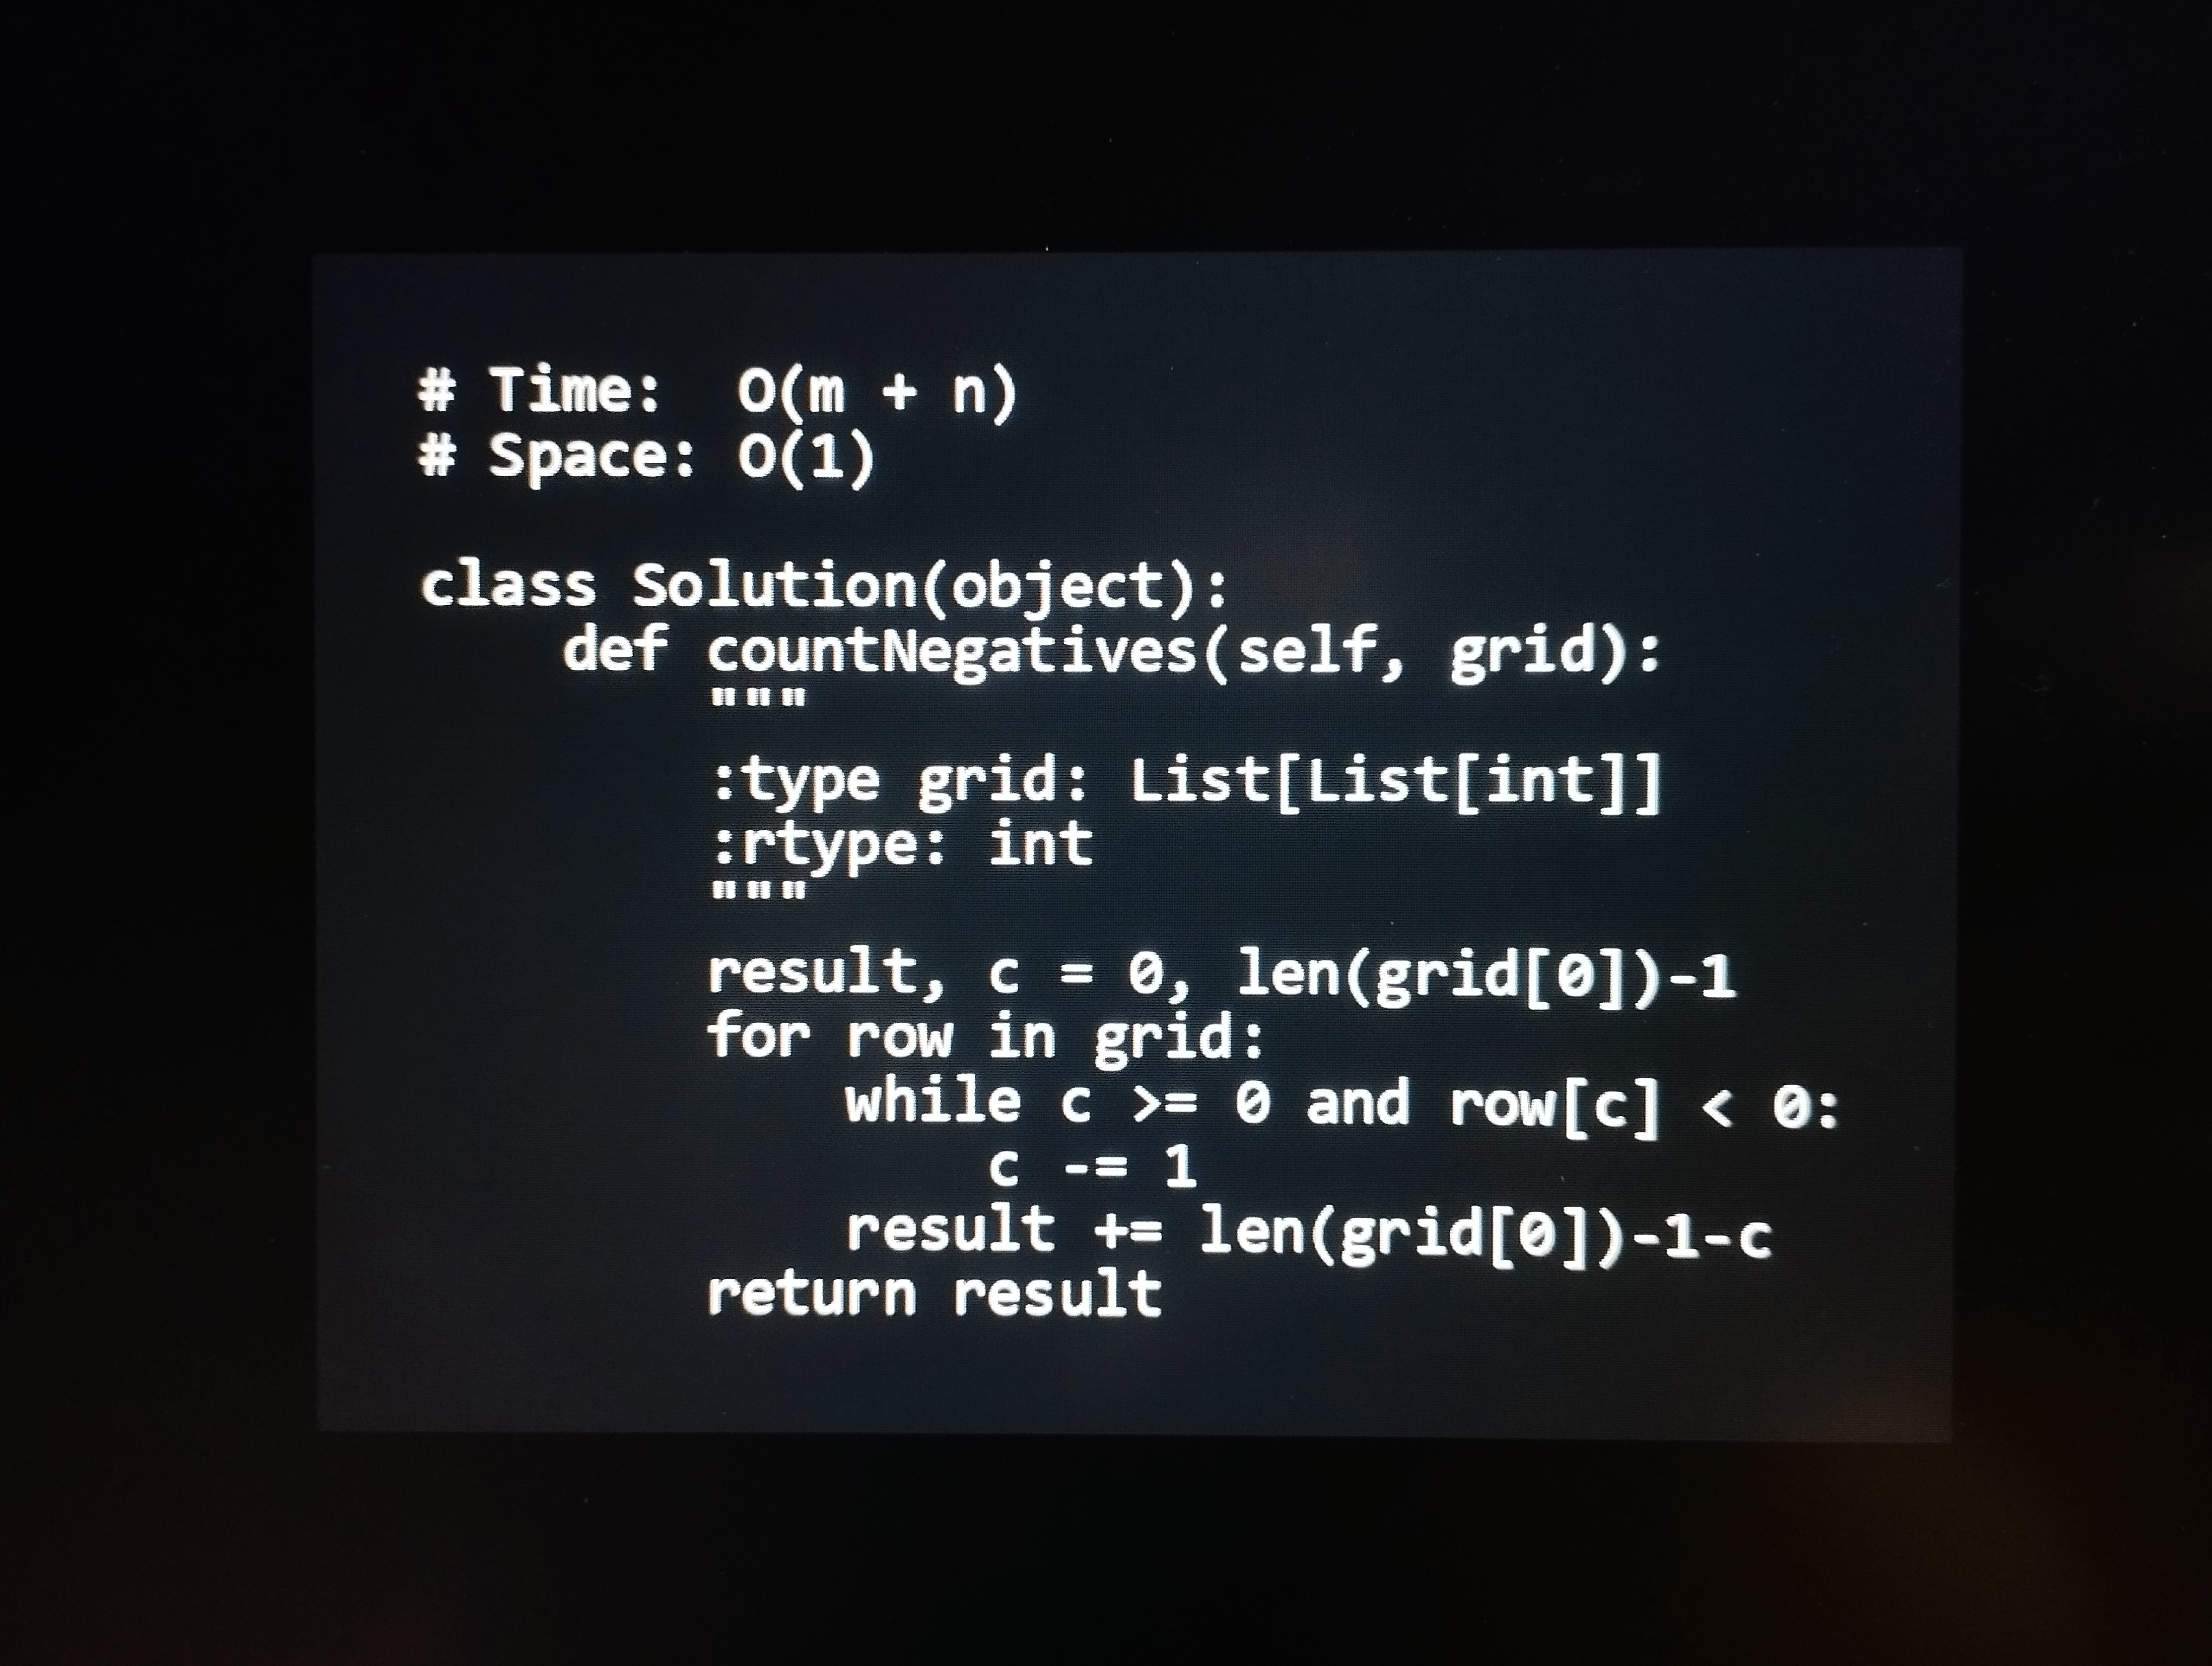
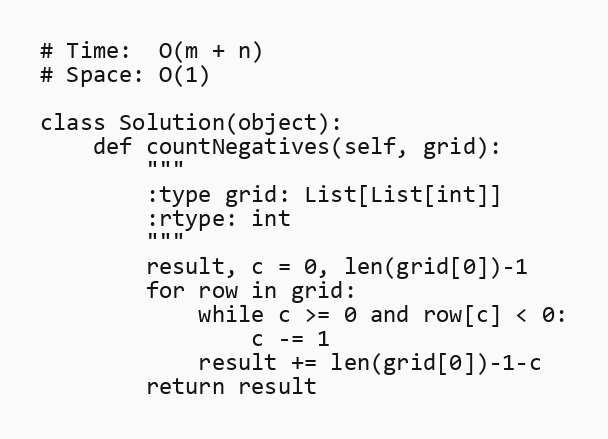
# Time:  O(m + n)
# Space: O(1)

class Solution(object):
    def countNegatives(self, grid):
        """
        :type grid: List[List[int]]
        :rtype: int
        """
        result, c = 0, len(grid[0])-1
        for row in grid:
            while c >= 0 and row[c] < 0:
                c -= 1
            result += len(grid[0])-1-c
        return result